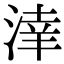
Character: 𣸉